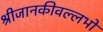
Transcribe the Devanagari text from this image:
श्रीजानकीवल्लभो